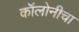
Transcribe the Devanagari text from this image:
कॉलोनीचा